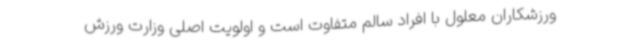
ورزشکاران معلول با افراد سالم متفاوت است و اولویت اصلی وزارت ورزش